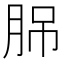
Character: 𦛉